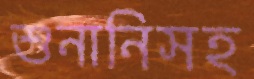
শুনানিসহ